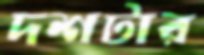
দশটার